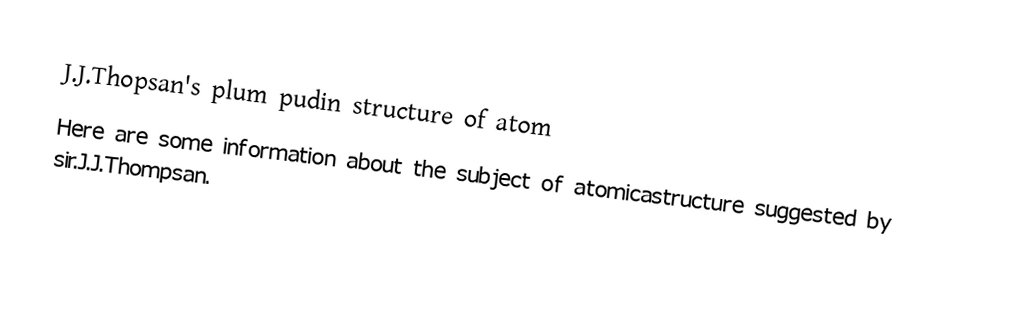
J.J.Thopsan's plum pudin structure of atom
Here are some information about the subject of atomicastructure suggested by sir.J.J.Thompsan.